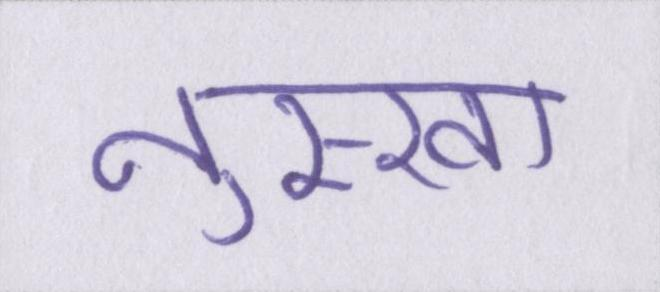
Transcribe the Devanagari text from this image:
नुस्खा